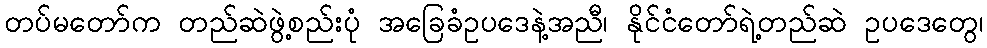
တပ်မတော်က တည်ဆဲဖွဲ့စည်းပုံ အခြေခံဥပဒေနဲ့အညီ၊ နိုင်ငံတော်ရဲ့တည်ဆဲ ဥပဒေတွေ၊